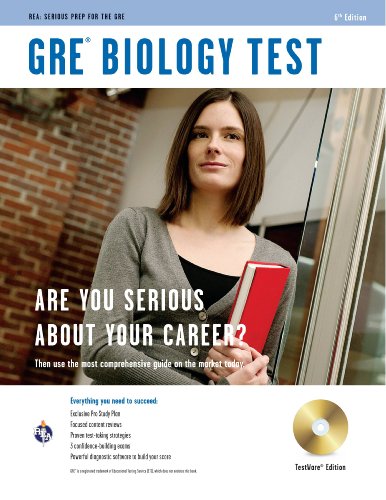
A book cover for GRE Biology w/CD-ROM: Sixth edition (GRE Test Preparation); Editors of REA; Test Preparation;